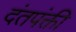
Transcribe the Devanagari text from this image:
दंतपंक्ती